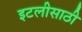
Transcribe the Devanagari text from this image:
इटलीसाठी